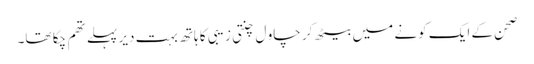
صحن کے ایک کونے میں بیٹھ کر چاو ل چنتی زیبی کا ہاتھ بہت دیر پہلے تھم چکا تھا۔